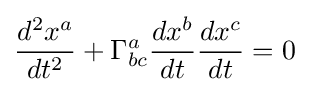
{\frac {d^{2}x^{a}}{dt^{2}}}+\Gamma _{bc}^{a}{\frac {dx^{b}}{dt}}{\frac {dx^{c}}{dt}}=0